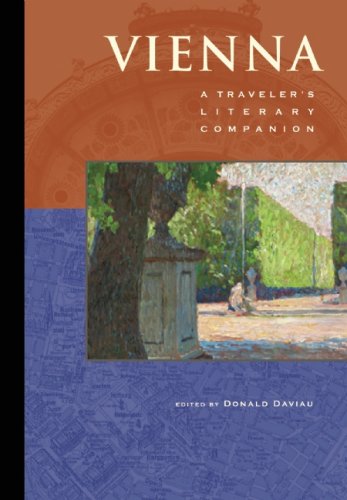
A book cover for Vienna: A Traveler's Literary Companion (Traveler's Literary Companions); Travel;